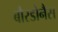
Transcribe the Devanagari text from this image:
बौरडोनैस